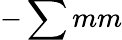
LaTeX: -\sum mm